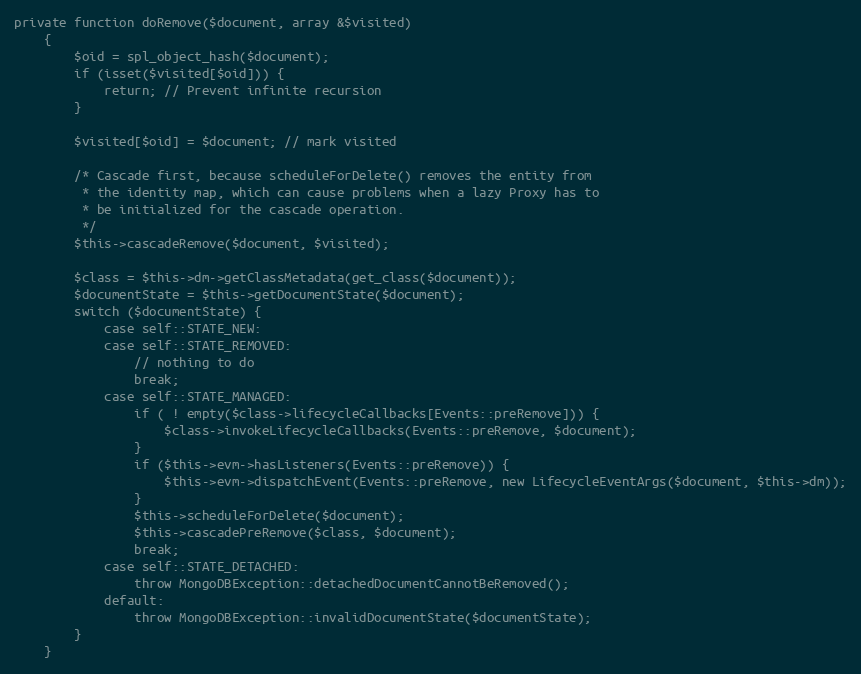
Language: PHP
private function doRemove($document, array &$visited)
    {
        $oid = spl_object_hash($document);
        if (isset($visited[$oid])) {
            return; // Prevent infinite recursion
        }

        $visited[$oid] = $document; // mark visited

        /* Cascade first, because scheduleForDelete() removes the entity from
         * the identity map, which can cause problems when a lazy Proxy has to
         * be initialized for the cascade operation.
         */
        $this->cascadeRemove($document, $visited);

        $class = $this->dm->getClassMetadata(get_class($document));
        $documentState = $this->getDocumentState($document);
        switch ($documentState) {
            case self::STATE_NEW:
            case self::STATE_REMOVED:
                // nothing to do
                break;
            case self::STATE_MANAGED:
                if ( ! empty($class->lifecycleCallbacks[Events::preRemove])) {
                    $class->invokeLifecycleCallbacks(Events::preRemove, $document);
                }
                if ($this->evm->hasListeners(Events::preRemove)) {
                    $this->evm->dispatchEvent(Events::preRemove, new LifecycleEventArgs($document, $this->dm));
                }
                $this->scheduleForDelete($document);
                $this->cascadePreRemove($class, $document);
                break;
            case self::STATE_DETACHED:
                throw MongoDBException::detachedDocumentCannotBeRemoved();
            default:
                throw MongoDBException::invalidDocumentState($documentState);
        }
    }